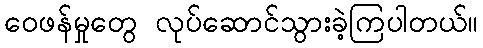
ဝေဖန်မှုတွေ လုပ်ဆောင်သွားခဲ့ကြပါတယ်။